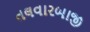
તલવારબાજી